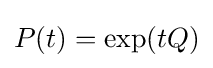
P(t)=\exp(tQ)